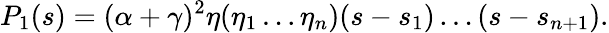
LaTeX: P_{1}(s)=(\alpha+\gamma)^{2}\eta(\eta_{1}\ldots\eta_{n})(s-s_{1})\ldots(s-s_{n+1}).